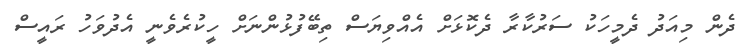
ދެން މިއަދު ދެމީހަކު ސަރުކާރާ ދެކޮޅަށް އެއްވިޔަސް ތިބޭފުޅުންނަށް ހީކުރެވެނީ އެދުވަހު ރަައީސް